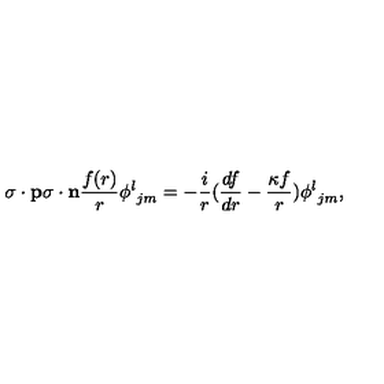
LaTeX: { { \mathrm { \boldmath \sigma } } \cdot { \bf p } } { { \mathrm { \boldmath \sigma } } \cdot { \bf n } } { \frac { f ( r ) } { r } } { \phi ^ { l } } _ { j m } = - { \frac { i } { r } } ( { \frac { d f } { d r } } - { \frac { \kappa f } { r } } ) { \phi ^ { l } } _ { j m } ,